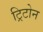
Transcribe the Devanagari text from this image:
ट्रिटोन